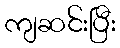
ကျဆင်းပြီး